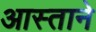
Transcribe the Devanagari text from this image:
आस्ताने